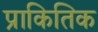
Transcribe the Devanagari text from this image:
प्राकितिक